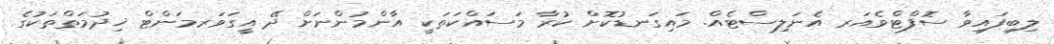
ލިބިފައިވާ ސޮފްޓްވެއަރ އެނަލިސްޓެއް. މައިގަނޑުކޮށް ކުރާ މަސައްކަތަކީ އާންމުންނަށް ދޭ އީގަވަރމަންޓް ޚިދުމަތްތަކުގެ